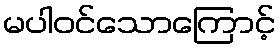
မပါဝင်သောကြောင့်